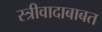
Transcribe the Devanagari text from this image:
स्त्रीवादाबाबत